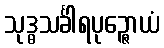
သုဒ္ဓသင်္ခါရပုဉ္ဇောယံ